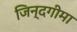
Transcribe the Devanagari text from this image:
जिन्दगीमा